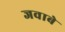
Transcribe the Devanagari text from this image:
जवाबे